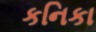
કનિકા